Civil Veterinary Department. United Provinces 1912-22 - 1912-1922
Year: 1912
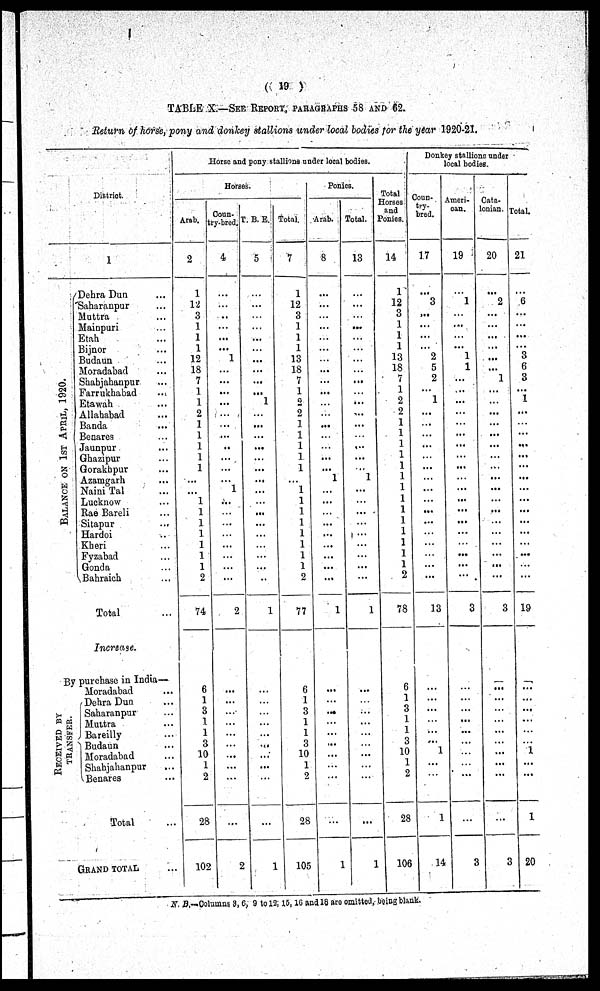
(19)
TABLE X.—SEE REPORT, PARAGRAPHS 58 AND 62.
Return of horse, pony and donkey stallions under local bodies for the year 1920-21.
District.
1
BALANCE ON 1ST APRI L, 1920.
Dehra Dun ...
Saharanpur
...
Muttra
...
Mainpuri ...
Etah
...
Bijnor
...
Budaun ...
Moradabad ...
Shahjahanpur
...
Farrukhabad ...
Etawah ...
Allahabad
...
Banda ...
Benares ...
Jaunpur
...
Ghazipur
...
Gorakhpur ...
Azamgarh ...
Naini Tal ...
Lucknow ...
Rae Bareli ...
Sitapur ...
Hardoi ...
Kheri ...
Fyzabad ...
Gonda ...
Bahraicb
Total ...
Increase.
By purchase in India—
RECEIVED BY
TRANSFER.
Moradabad ...
Dehra Dun ...
Saharanpur ...
Muttra ...
Bareilly ...
Budaun ...
Moradabad ...
Shahjahanpur ...
Benares ...
Total ...
GRAND TOTAL ...
Horse and pony stallions under local bodies.
Horses.
Arab.
2
1
12
3
1
1 |
1
12
18
7
1
1
2
1
1
1
1
1
...
...
1
1
1
1
1
1
1
2
74
6
1
3
1
1
3
10
1
2
28
102
Coun-
try-bred.
4
...
...
..
...
...
...
1
...
...
...
...
...
...
...
..
...
...
...
1
...
...
...
...
...
...
...
...
2
...
...
...
...
... ...
...
...
...
...
2
T. B. E.
5
...
...
...
...
...
...
...
...
...
...
1
...
...
...
...
...
...
...
...
...
...
...
...
...
...
...
..
1
...
...
...
...
...
...
...
...
...
...
1
Total.
7
1
12
3
1
1
1
13
18
7
1
2
2
1
1
1
1
1
...
1
1
1
1
1
1
1
1
2
77
6
1
3 1
1
3 10
1
...
28
105
Ponies.
Arab.
8
...
...
...
...
...
...
...
...
...
...
...
...
...
...
...
...
...
1
...
...
...
...
...
...
...
...
...
1
...
...
...
...
...
...
...
...
...
...
1
Total.
13
...
...
...
...
...
...
...
...
...
...
...
...
...
...
...
...
...
1
...
...
...
...
...
...
...
...
...
1
......
...
...
...
...
...
...
...
...
...
1
Total
Horses
and
Ponies.
14
1
12
3
1
1
1
3
8
7
1
2
2
1
1
1
1
1
1
1
1
1
1
1
1
1
1
2
78
6
1
3
1
1
3
10
1
1
...
28
106
Donkey stallions under
local bodies.
Coun-
try-
bred.
17
...
3
...
...
...
...
2
1
5
2
...
1
...
...
...
...
...
...
...
...
...
...
...
...
...
...
...
...
13
...
...
...
...
...
...
1
...
...
1
14
Ameri-
can.
19
...
1
...
...
...
...
1
1
...
...
...
...
...
...
...
...
...
...
...
...
...
...
...
...
...
...
...
3
...
...
...
...
...
...
...
...
...
...
3
Cata-
lonian.
20
...
2
...
...
...
...
...
...
1
...
...
...
...
...
...
...
...
...
...
...
...
...
...
...
...
...
...
3
...
...
...
...
...
...
...
...
...
...
3
total.
21
...
6
...
...
...
...
3
6
3
...
1
...
...
...
...
...
...
...
...
...
...
...
...
...
...
...
...
19
...
...
...
...
...
...
1
...
...
1
20
N. B.—Columns 3, 6, 9 to 12, 15, 16 and 18 are omitted, being blank.